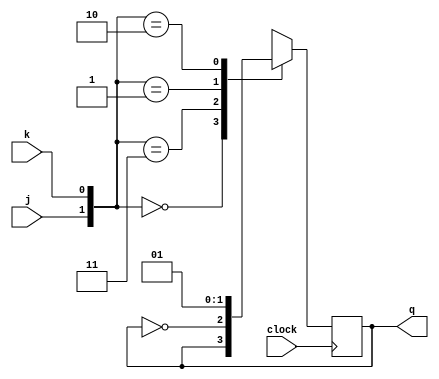
module jkff(j,k,clock,q);
input j,k,clock;
output reg q;



always @ (posedge clock)
begin
case({j,k})
	2'b00: q = q;
	2'b11: q = ~q;
	2'b01: q = 1'b0;
	2'b10: q = 1'b1;
endcase
end

initial 
q = 1'b0;

endmodule